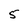
Character: 5